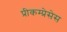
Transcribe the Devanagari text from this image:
प्रीकम्प्रेसेस